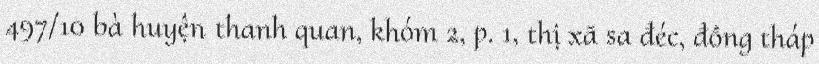
497/10 bà huyện thanh quan, khóm 2, p. 1, thị xã sa đéc, đồng tháp